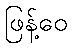
ဖြန့်ဝေ